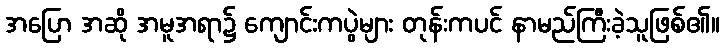
အပြော အဆို အမူအရာ၌ ကျောင်းကပွဲများ တုန်းကပင် နာမည်ကြီးခဲ့သူဖြစ်၏။